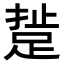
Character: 𨁘